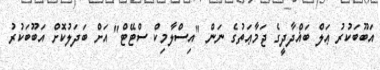
އަބޫބަކުރު ޢަލް ބަޣްދާދީގެ ޖަމާޢަތުގެ ނަން "އިސްލާމިކް ސްޓޭޓް" އަށް ބަދަލުކޮށް އަބޫބަކުރު